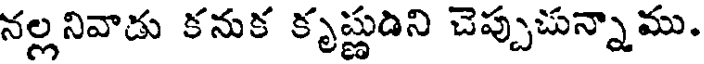
నల్లనివాడు కనుక కృష్ణుడిని చెప్పుచున్నాము.